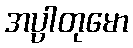
အပ္ပါတုမော